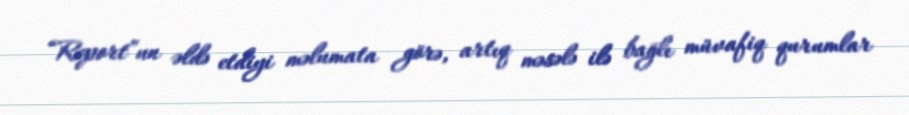
“Report”un əldə etdiyi məlumata görə, artıq məsələ ilə bağlı müvafiq qurumlar